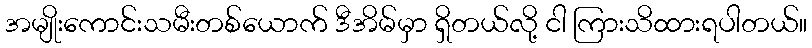
အမျိုးကောင်းသမီးတစ်ယောက် ဒီအိမ်မှာ ရှိတယ်လို့ ငါ ကြားသိထားရပါတယ်။